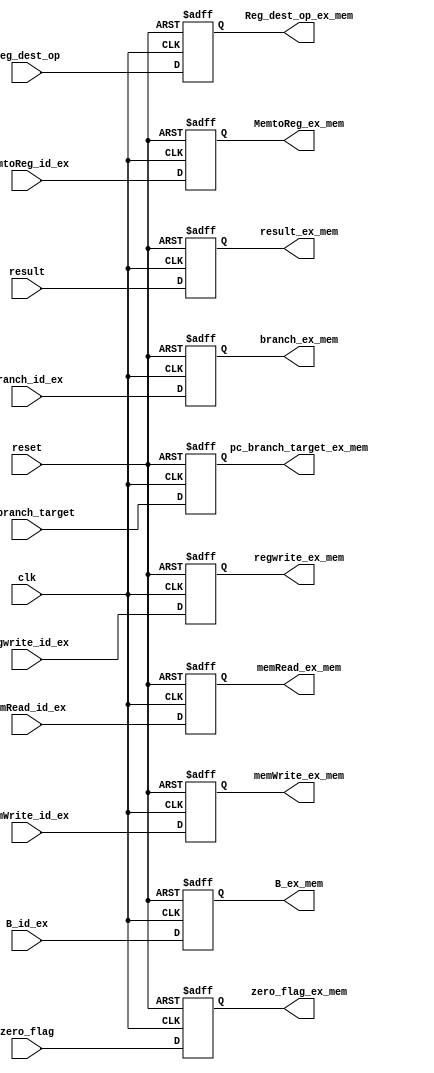
module ex_mem_pipe_reg(
	input [31:0]pc_branch_target,
	input [31:0]result, 
	input [31:0]B_id_ex,
	input zero_flag,
	input [4:0]Reg_dest_op,
	input branch_id_ex, memRead_id_ex, memWrite_id_ex,
	input regwrite_id_ex, MemtoReg_id_ex,
	input clk, reset,
	output reg branch_ex_mem, memRead_ex_mem, memWrite_ex_mem,
	output reg regwrite_ex_mem, MemtoReg_ex_mem,
	output reg[31:0]pc_branch_target_ex_mem, 
	output reg[31:0]result_ex_mem, 
	output reg[31:0]B_ex_mem,
	output reg zero_flag_ex_mem,
	output reg [4:0]Reg_dest_op_ex_mem
    );

always@(posedge clk or negedge reset)
begin
if(reset == 1'b0)
	begin
		branch_ex_mem = 0;
		memRead_ex_mem = 0;
		memWrite_ex_mem = 0;
		regwrite_ex_mem = 0;
		MemtoReg_ex_mem = 0;
		pc_branch_target_ex_mem = 0;
		result_ex_mem = 0;
		B_ex_mem = 0;
		zero_flag_ex_mem = 0;
		Reg_dest_op_ex_mem = 0;
	end
else
	begin
		branch_ex_mem = branch_id_ex;
		memRead_ex_mem = memRead_id_ex;
		memWrite_ex_mem = memWrite_id_ex;
		regwrite_ex_mem = regwrite_id_ex;
		MemtoReg_ex_mem = MemtoReg_id_ex;
		pc_branch_target_ex_mem = pc_branch_target;
		result_ex_mem = result;
		B_ex_mem = B_id_ex;
		zero_flag_ex_mem = zero_flag;
		Reg_dest_op_ex_mem = Reg_dest_op;
	end
end

endmodule